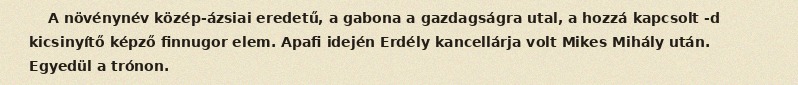
A növénynév közép-ázsiai eredetű, a gabona a gazdagságra utal, a hozzá kapcsolt -d kicsinyítő képző finnugor elem. Apafi idején Erdély kancellárja volt Mikes Mihály után. Egyedül a trónon.